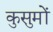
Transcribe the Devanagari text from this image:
कुसुमों